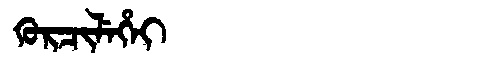
Manchu: ᡴᡠᡵᠴᡳᠯᡝᡥᡝᡳ
Romanization: KURCILEHEI